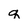
Character: q